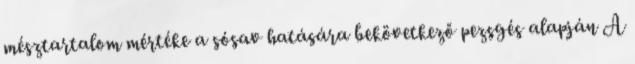
mésztartalom mértéke a sósav hatására bekövetkező pezsgés alapján A